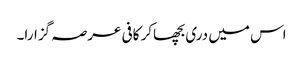
اس میں دری بچھاکر کافی عرصہ گزارا۔